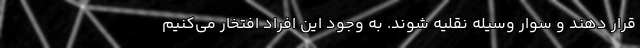
قرار دهند و سوار وسیله نقلیه شوند. به وجود این افراد افتخار می‌کنیم